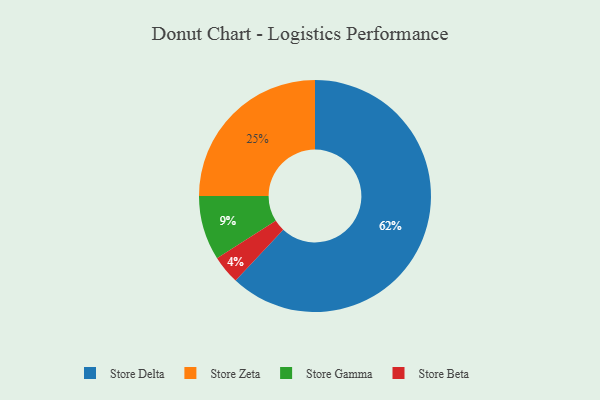
{"axis": {"x": "Category", "y": "Percentage"}, "legend": ["Store Beta", "Store Delta", "Store Gamma", "Store Zeta"], "data": [{"x": "Store Zeta", "y": 25, "type": "Store Zeta"}, {"x": "Store Gamma", "y": 9, "type": "Store Gamma"}, {"x": "Store Delta", "y": 62, "type": "Store Delta"}, {"x": "Store Beta", "y": 4, "type": "Store Beta"}]}